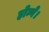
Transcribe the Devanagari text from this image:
होन्गे।